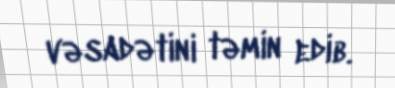
vəsadətini təmin edib.